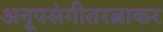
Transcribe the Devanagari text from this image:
अनूपसंगीतरत्नाकर